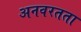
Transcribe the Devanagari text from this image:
अनवरतता